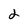
Character: 2